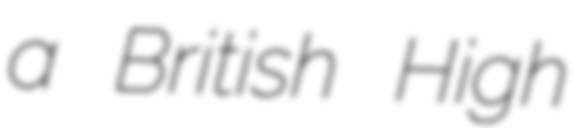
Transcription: a British High